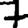
Digit: 7